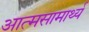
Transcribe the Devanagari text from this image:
आत्मसामार्थ्य